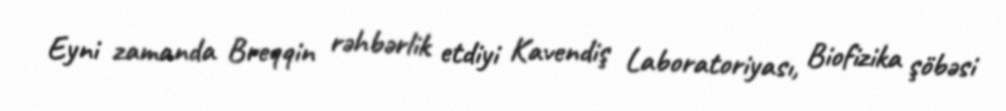
Eyni zamanda Breqqin rəhbərlik etdiyi Kavendiş Laboratoriyası, Biofizika şöbəsi